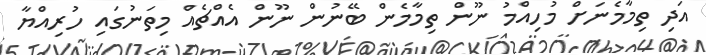
އަދި ތިމާމެނަށް މުހިއްމު ނޫން ތިމާމެން ބޭނުން ނޫން އެއްޗެއް މިތަނުގައި ހުރިއްޔާ